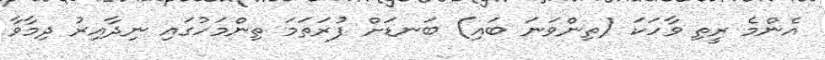
އެންމެ ރީތި ވާހަކަ (ތިންވަނަ ބައި) ބަނޑަށް ފުރަތަމަ ތިންމަހުގައި ނިދާއިރު ދިމާވާ